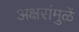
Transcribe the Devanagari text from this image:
अक्षरांमुळें